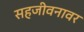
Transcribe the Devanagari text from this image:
सहजीवनावर